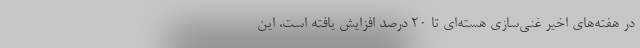
در هفته‌های اخیر غنی‌سازی هسته‌ای تا ۲۰ درصد افزایش یافته است، این